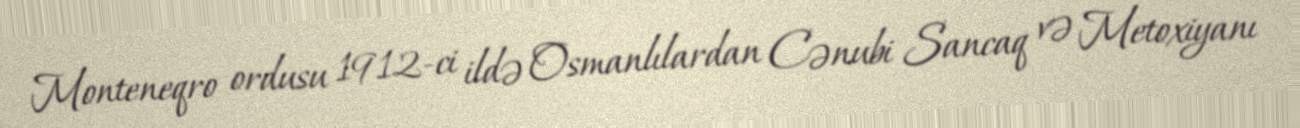
Monteneqro ordusu 1912-ci ildə Osmanlılardan Cənubi Sancaq və Metoxiyanı